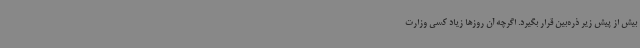
بیش از پیش زیر ذره‌بین قرار بگیرد. اگرچه آن‌ روزها زیاد کسی وزارت